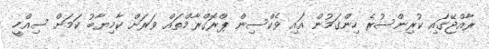
ރާއްޖޭގައި ކުރިންސުރެ ހިންގަމުން އައި ވެކްސިން ޕްރޮގްރާމްތައް ވަރަށް ކާމިޔާބު ކަމަށް ސިއްހީ